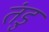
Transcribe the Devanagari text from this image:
तंडु